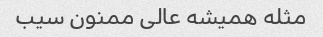
مثله همیشه عالی ممنون سیب